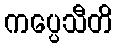
ကပ္ပေသီတိ